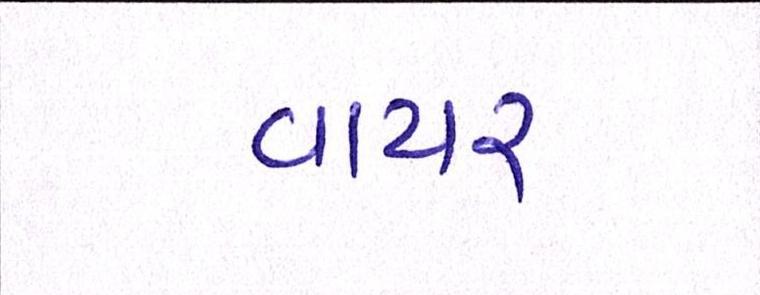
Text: વાયર